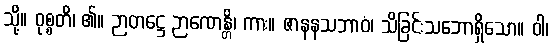
သို့။ ဝုစ္စတိ၊ ၏။ ဉာတဋ္ဌေ ဉာဏေန္တိ၊ ကား။ ဇာနနသဘာဝံ၊ သိခြင်းသဘောရှိသော။ ဝါ၊